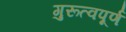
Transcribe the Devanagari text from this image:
गुरूत्वपूर्ण